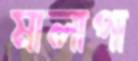
মালাপা